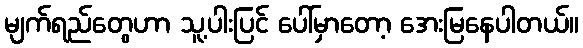
မျက်ရည်တွေဟာ သူ့ပါးပြင် ပေါ်မှာတော့ အေးမြနေပါတယ်။